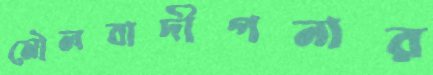
মৌলবাদীপনার